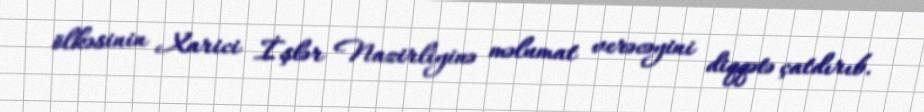
ölkəsinin Xarici İşlər Nazirliyinə məlumat verəcəyini diqqətə çatdırıb.